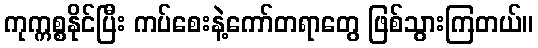
ကုက္ကစ္စနိုင်ပြီး ကပ်စေးနဲ့ကော်တရာတွေ ဖြစ်သွားကြတယ်။